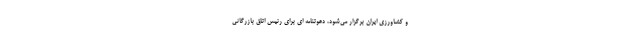
و کشاورزی ایران برگزار می‌شود، دعوتنامه ای برای رئیس اتاق بازرگانی